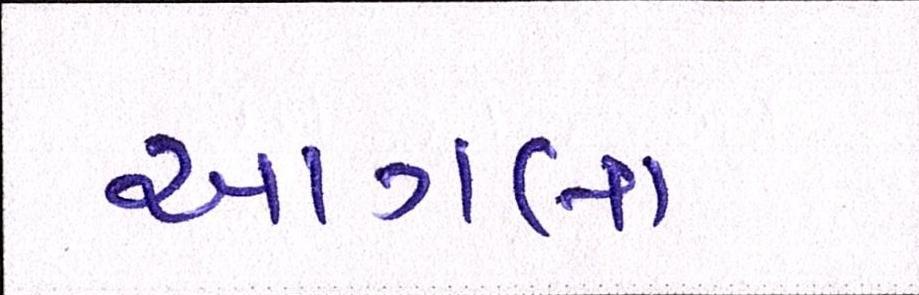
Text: આગલા